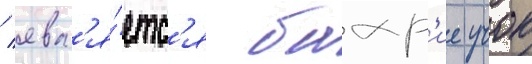
/ явл'я́етс'я бахр'ие учок